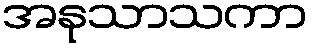
အနုသာသကာ